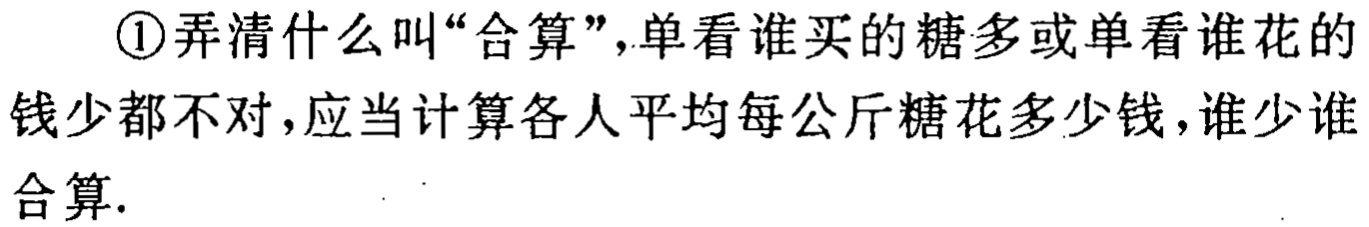
\textcircled{1}弄清什么叫“合算”，单看谁买的糖多或单看谁花的钱少都不对，应当计算各人平均每公斤糖花多少钱，谁少谁合算.